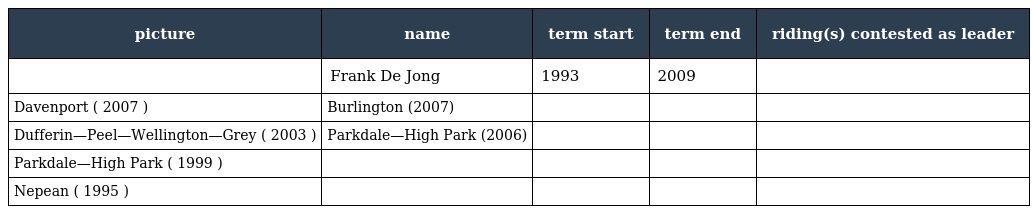
| picture | name | term start | term end | riding(s) contested as leader |
 | --- | --- | --- | --- | --- |
 |  | Frank De Jong | 1993 | 2009 |  |
 | Davenport ( 2007 ) | Burlington (2007) |  |  |  |
 | Dufferin—Peel—Wellington—Grey ( 2003 ) | Parkdale—High Park (2006) |  |  |  |
 | Parkdale—High Park ( 1999 ) |  |  |  |  |
 | Nepean ( 1995 ) |  |  |  |  |